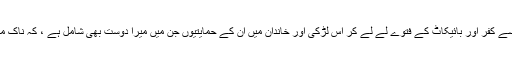
اور اس نے مفتیوں سے کفر اور بائیکاٹ کے فتوے لے لے کر اس لڑکی اور خاندان میں ان کے حمایتیوں جن میں میرا دوست بھی شامل ہے ، کہ ناک میں دم کر رکھا ہے ۔